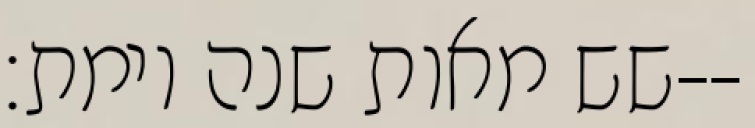
שש מאות שנה וימת׃--